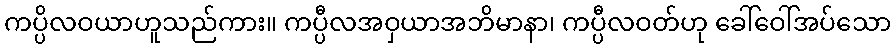
ကပ္ပိလဝယာဟူသည်ကား။ ကပ္ပီလအဝှယာအဘိမာနာ၊ ကပ္ပီလဝတ်ဟု ခေါ်ဝေါ်အပ်သော